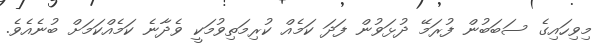
މިވިހައިގެ ސަބަބުން ފުރަމޭ ދުޅަވުން ފަދަ ކަމެއް ކުރިމަތިވުމަކީ ވެދާނެ ކަމެއްކަމަށް ބުނެއެވެ.